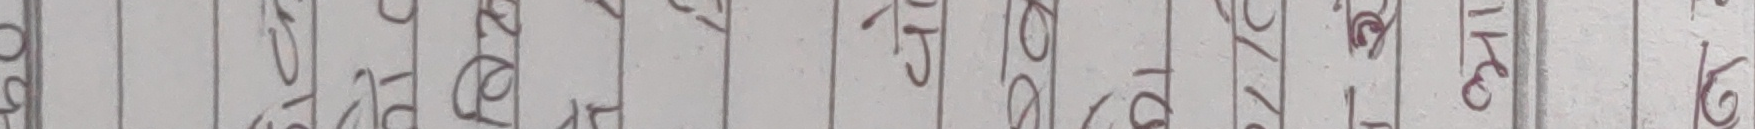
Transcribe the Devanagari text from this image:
१४ १५ १६ १७ १८ १९ २० २१ २२ २३ २४ २५ २६